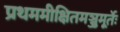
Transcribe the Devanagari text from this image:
प्रथममीक्षितमञ्जुमूर्तेः